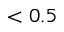
< 0 . 5